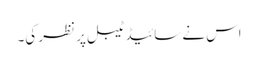
اس نے سائیڈ ٹیبل پر نظر کی۔